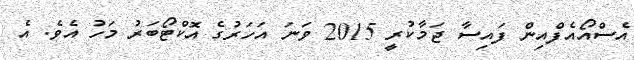
އެސްއޯއެފްއިން ފައިސާ ޖަމާކުރީ 2015 ވަނަ އަހަރުގެ އޮކްޓޯބަރު މަހު އެވެ. އެ